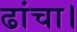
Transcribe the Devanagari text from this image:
ढांचा।